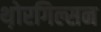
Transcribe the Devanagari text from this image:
थ़ोरगिल्सन